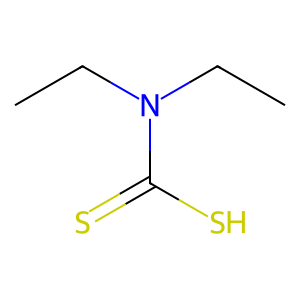
SMILES: CCN(CC)C(=S)S
Inhibits HIV replication: No